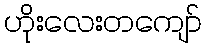
ဟိုးလေးတကျော်